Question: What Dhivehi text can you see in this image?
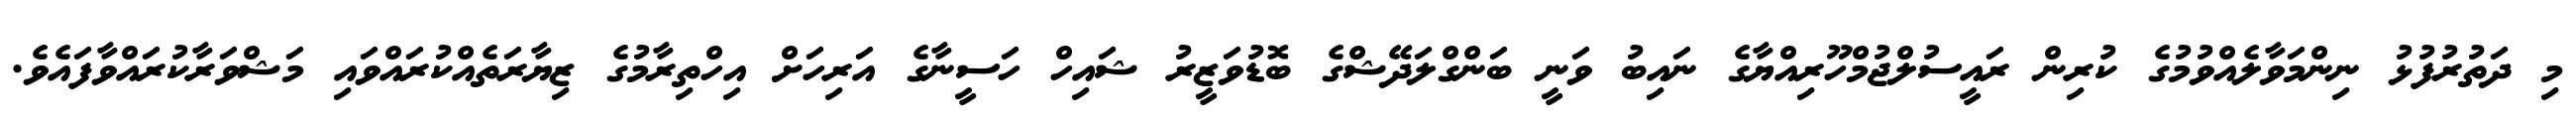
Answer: މި ދަތުރުފުޅު ނިންމަވާލެއްވުމުގެ ކުރިން ރައީސުލްޖުމްހޫރިއްޔާގެ ނައިބު ވަނީ ބަންގްލަދޭޝްގެ ބޮޑުވަޒީރު ޝައިހް ހަސީނާގެ އަރިހަށް އިހްތިރާމުގެ ޒިޔާރަތެއްކުރައްވައި މަޝްވަރާކުރައްވާފައެވެ.